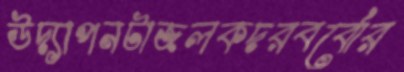
উদ্যাপনটাজলকদরবর্বোর